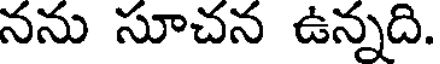
నను సూచన ఉన్నది.